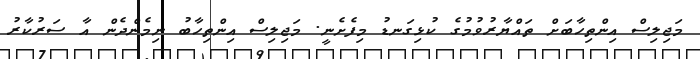
މަޖިލިސް އިންތިހާބަށް ތައްޔާރުވުމުގެ ކުޅިގަނޑު މިފެށެނީ. މަޖިލިސް އިންތިހާބު ނިމެންދެން އާ ސަރުކާރު